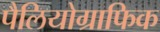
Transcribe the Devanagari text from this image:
पैलियोग्राफिक